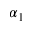
\alpha _ { 1 }